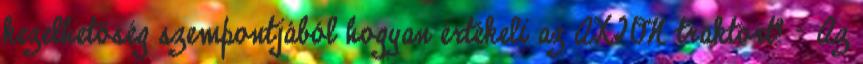
kezelhetőség szempontjából hogyan értékeli az AXION traktort? – Az